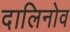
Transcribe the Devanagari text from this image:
दालिनोव